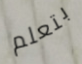
بتعلم